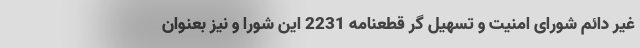
غیر دائم شورای امنیت و تسهیل گر قطعنامه 2231 این شورا و نیز بعنوان